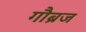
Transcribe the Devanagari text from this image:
गौब्रज